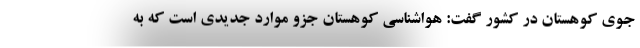
جوی کوهستان در کشور گفت: هواشناسی کوهستان جزو موارد جدیدی است که به